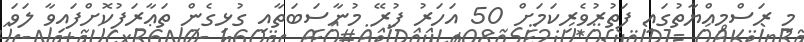
މި ރަސްމިއްޔާތުގައި ފަތުރުވެރިކަމަށް 50 އަހަރު ފުރޭ މުނާސަބަތާއި ގުޅިގެން ތަޢާރަފުކޮށްފައިވާ ލަވަ